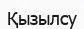
Қызылсу